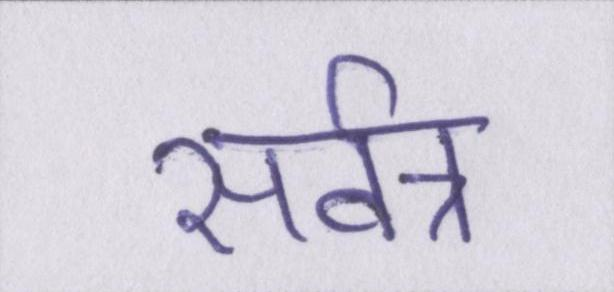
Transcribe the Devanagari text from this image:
सर्वत्र